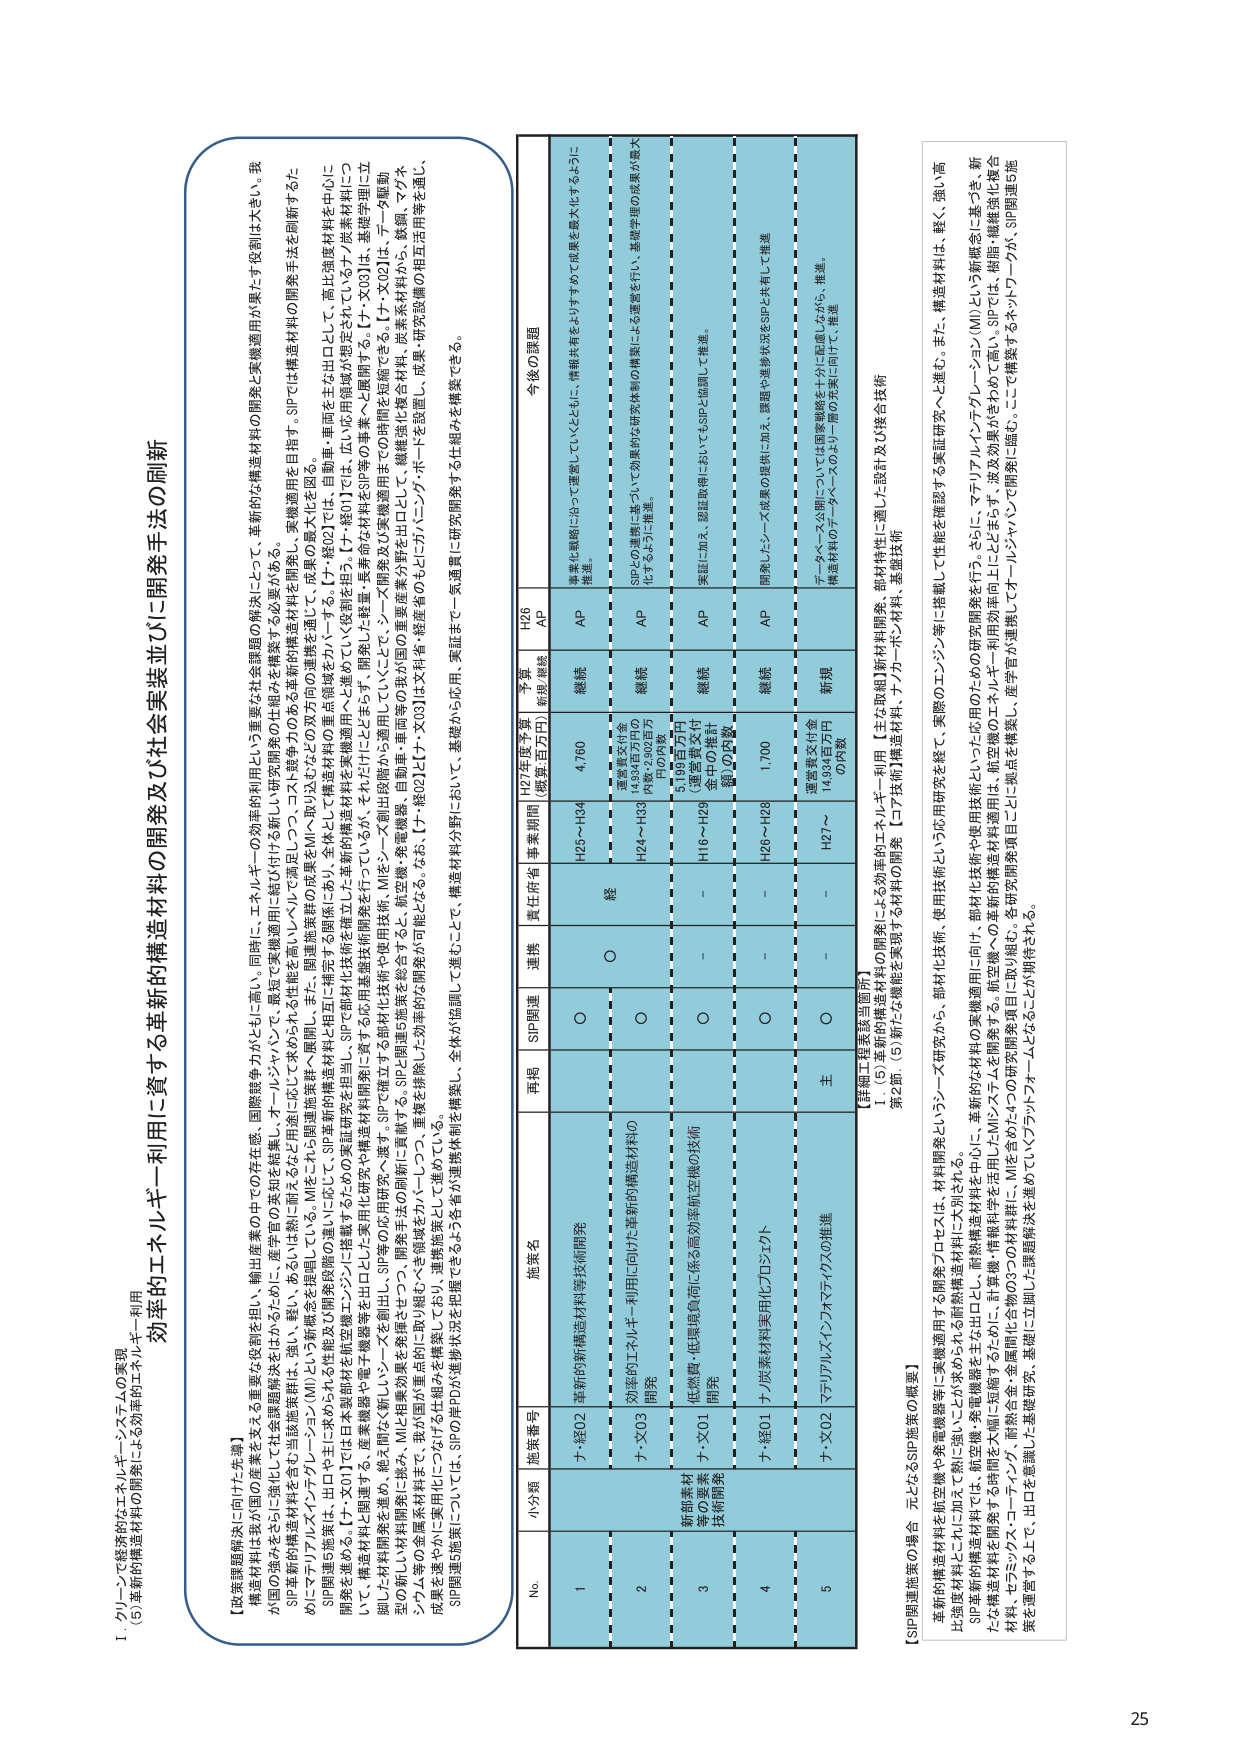
1. クリーンで経済的なエネルギー・システムの実現
(6) 革新的構造材料の開発による効率的エネルギー利用

効率的エネルギー利用に資する革新的構造材料の開発及び社会実装並びに開発手法の刷新

【政策課題解決に向けた背景】
構造材料は我が国の産業を支える重要な役割を担い、輸出産業の中での存在感、国際競争力がともに高い。同時に、エネルギーの効率的利用という重要な社会課題の解決にとって、革新的な構造材料の開発と実機適用が果たす役割は大きい。我が国の強みをさらに強化し社会課題解決をはかるために、産学官の英知を結集し、オールジャパンで、敢然と実機適用に結び付ける新しい研究開発の仕組みを構築する必要がある。

SP革新的構造材料を含む当該施策群は、強い、軽い、あるいは新しい耐食性を有するなど用途に応じて求められる性能を高いレベルで実現し、コスト競争力のある革新的構造材料開発、実機適用を目指す。SPでは構造材料の開発手法を刷新するための「マテリアルインテリジェンス（MI）」という新概念を提唱している。MIをこれに用途施策群へ展開し、また、関連施策群との連携を図る。

SP開発5施策は、出口やヨーロッパにおける新規性及び開発段階の違いに応じて、SP構造材料構造材料と相互に補完する関係を構築しており、全体的に補完・単調に主な出口として、高比強度材料を中心に開発を進めると、【チ-X01】では日本製材を航空機等に、SPで構造材料を実現する。【チ-X02】では、広い応用領域が想定される、ナノ構造材料について、構造材料と関連する、産業機器や電子機器等を出口とする応用基盤技術開発を行っているが、それらが出口にとどまらず、開発した軽量・高寿命な材料をSP等への実機適用でその開閉を実施できる。【チ-X03】は、基礎学問に立脚した材料開発を進め、絶大な耐久性や高強度を有するSPで構造材料を実現する。SPで構造材料開発や実用化技術の開発を進めるが、それらが出口にとどまらず、開発した軽量・高寿命な材料をSP等への実機適用でその開閉を実施できる。【チ-X04】は、データ駆動型の新しい材料開発を推進し、探求、MIと相乗効果を発揮させつつ、開発手法の刷新に貢献する。SPと関連5施策を総合する、航空機・車両等の我が国の重要産業分野を出口として、継続強化構造材料、炭素系材料等を、マグネシウム等の金属系材料に、我が国が重点的に取り組むべき領域をカバーしつつ、重複を排除した効率的な開発が可能となる。なお、【チ-X03】は文科省・経産省のスピンドル・バンク・ポートを設置し、成果・研究設備の相互活用等を通じ、成果を速やかに実用化につなげる仕組みを構築している。

SP開発5施策については、SPの岸PDが進捗状況を把握できるよう各分野の連携体制を構築し、全体が協調して進むことで、構造材料分野において、基礎から応用、実装まで一気通貫に研究開発する仕組みを構築できる。

No. 小分類 施策番号 施策名 単掲 SP関連 連携 責任府省 事業期間 HP左度予算 (概算項目円) 事業 節別補助 継続 AP 今後の課題
1 新部材 材料開発等技術開発 チ-X02 革新的新構造材料等技術開発 ○ ○ 経 H25～H34 4,760 継続 AP 事業戦略に沿って運営していくとともに、情報共有を有するすすめて成果最大化するように推進。
2 チ-X03 効率的エネルギー利用に向けた革新的構造材料の開発 ○ ○ H24～H33 産業構造基金 (4,000万円) 内数：3,960百万円の内数 継続 AP SPとの連携に基づいて効果的な研究体制の構築による運営を行い、基礎学問の成果が最大化するように推進。
3 チ-X01 低燃費・低環境負荷に係る高効率航空機の技術開発 ○ ○ - H16～H29 5,199百万円 (運営費交付金の内数) 継続 AP 実証に加え、認証取得にあたってSSPと協調して推進。
4 チ-X01 ナノ炭素材料実用化プロジェクト ○ ○ - H26～H28 1,700 継続 AP 開発したシーズ成果の提供に加え、課題や進捗状況をSPと共有着して推進
5 チ-X02 マテリアルインテリジェンス（MI）の推進 主 ○ - H27～ 産業構造基金 (4,000万円) の内数 新規 チーチャーズ公明については国際戦略を十分に配慮しながら、推進。構造材料のデータベースのより一層の充実に向けて推進

【詳細：経産省担当箇所】
1. (5) 革新的構造材料の開発による効率的エネルギー利用【主な取組】新材料開発、部材特性に適した設計及び接合技術
第2節 (5) 新たな機能を実現する材料の開発【二技術】構造材料、ナノカーボン材料、基礎技術

【SP関連施策の整合 元となるSP施策の概要】
革新的構造材料を航空機や宇宙機器等に実機適用する開発プロセスは、材料開発という一研究から、部材化技術、使用技術という応用研究を経て、実際のエンジン等に搭載して性能を確認する実証研究へと進む。また、構造材料は、軽く、強い高比強度材料とこれに加え、熱に強い、耐空酸化、耐食性を有するなど、高耐熱構造材料に大別される。
SP革新的構造材料を主な出口として、革新的な材料の実機適用に向け、部材化技術や使用技術といった応用のための研究開発を行う。さらに、マテリアルインテリジェンス（MI）という新概念に基づき、新たな構造材料開発手法である「材料科学を活用したMIシステムを開発する。航空機への革新的構造材料適用は、航空機への革新的構造材料適用に加え、波及効果がきわめて高い。SPでは、樹脂・繊維強化複合材料、セラミックス・コーティング、耐熱合金・金属間化合物の3つの材料群に、MIを含めた4つの研究開発項目に取り組む。各研究開発項目ごとに独立を構築してチームを編成し、産学官が連携してチームを構築するネットワークが、SP関連施策を運営する上で、出力を意識した課題研究、基盤に立脚した課題解決を進めていくプラットフォームとなることが期待される。

25